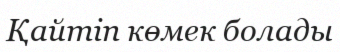
Қайтіп көмек болады